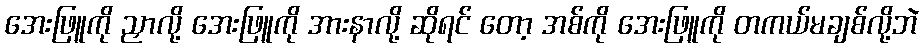
အေးဖြူကို ညှာလို့ အေးဖြူကို အားနာလို့ ဆိုရင် တော့ အစ်ကို အေးဖြူကို တကယ်မချစ်လို့ဘဲ